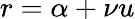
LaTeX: r=\alpha+\nu u